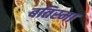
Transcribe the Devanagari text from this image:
बतिस्मा